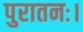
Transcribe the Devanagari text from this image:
पुरातनः।